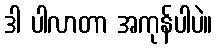
ဒါ ပါလာတာ အကုန်ပါပဲ။